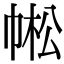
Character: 𢃓